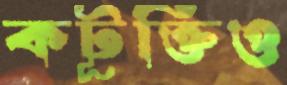
কটূক্তিও